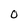
Character: 0